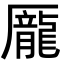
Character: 龎